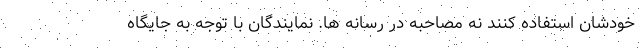
خودشان استفاده کنند نه مصاحبه در رسانه ها. نمایندگان با توجه به جایگاه